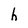
Character: h